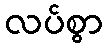
လပ်စွာ